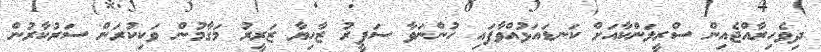
ދިވެހިރާއްޖެއިން ސްރީލަންކާއަށް ކަނޑައަޅުއްވާފައި ހުންނަވާ ސަފީރު ޒާހިޔާ ޒަރީރު މަގާމުން ވަކިކުރަން ސަރުކާރުން